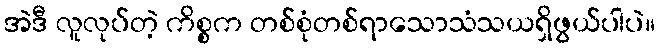
အဲဒီ လူလုပ်တဲ့ ကိစ္စက တစ်စုံတစ်ရာသောသံသယရှိဖွယ်ပါပဲ။